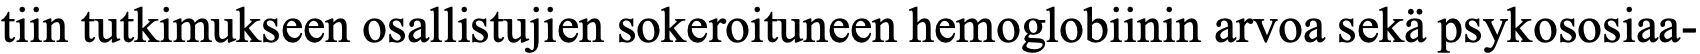
tiin tutkimukseen osallistujien sokeroituneen hemoglobiinin arvoa sekä psykososiaa-